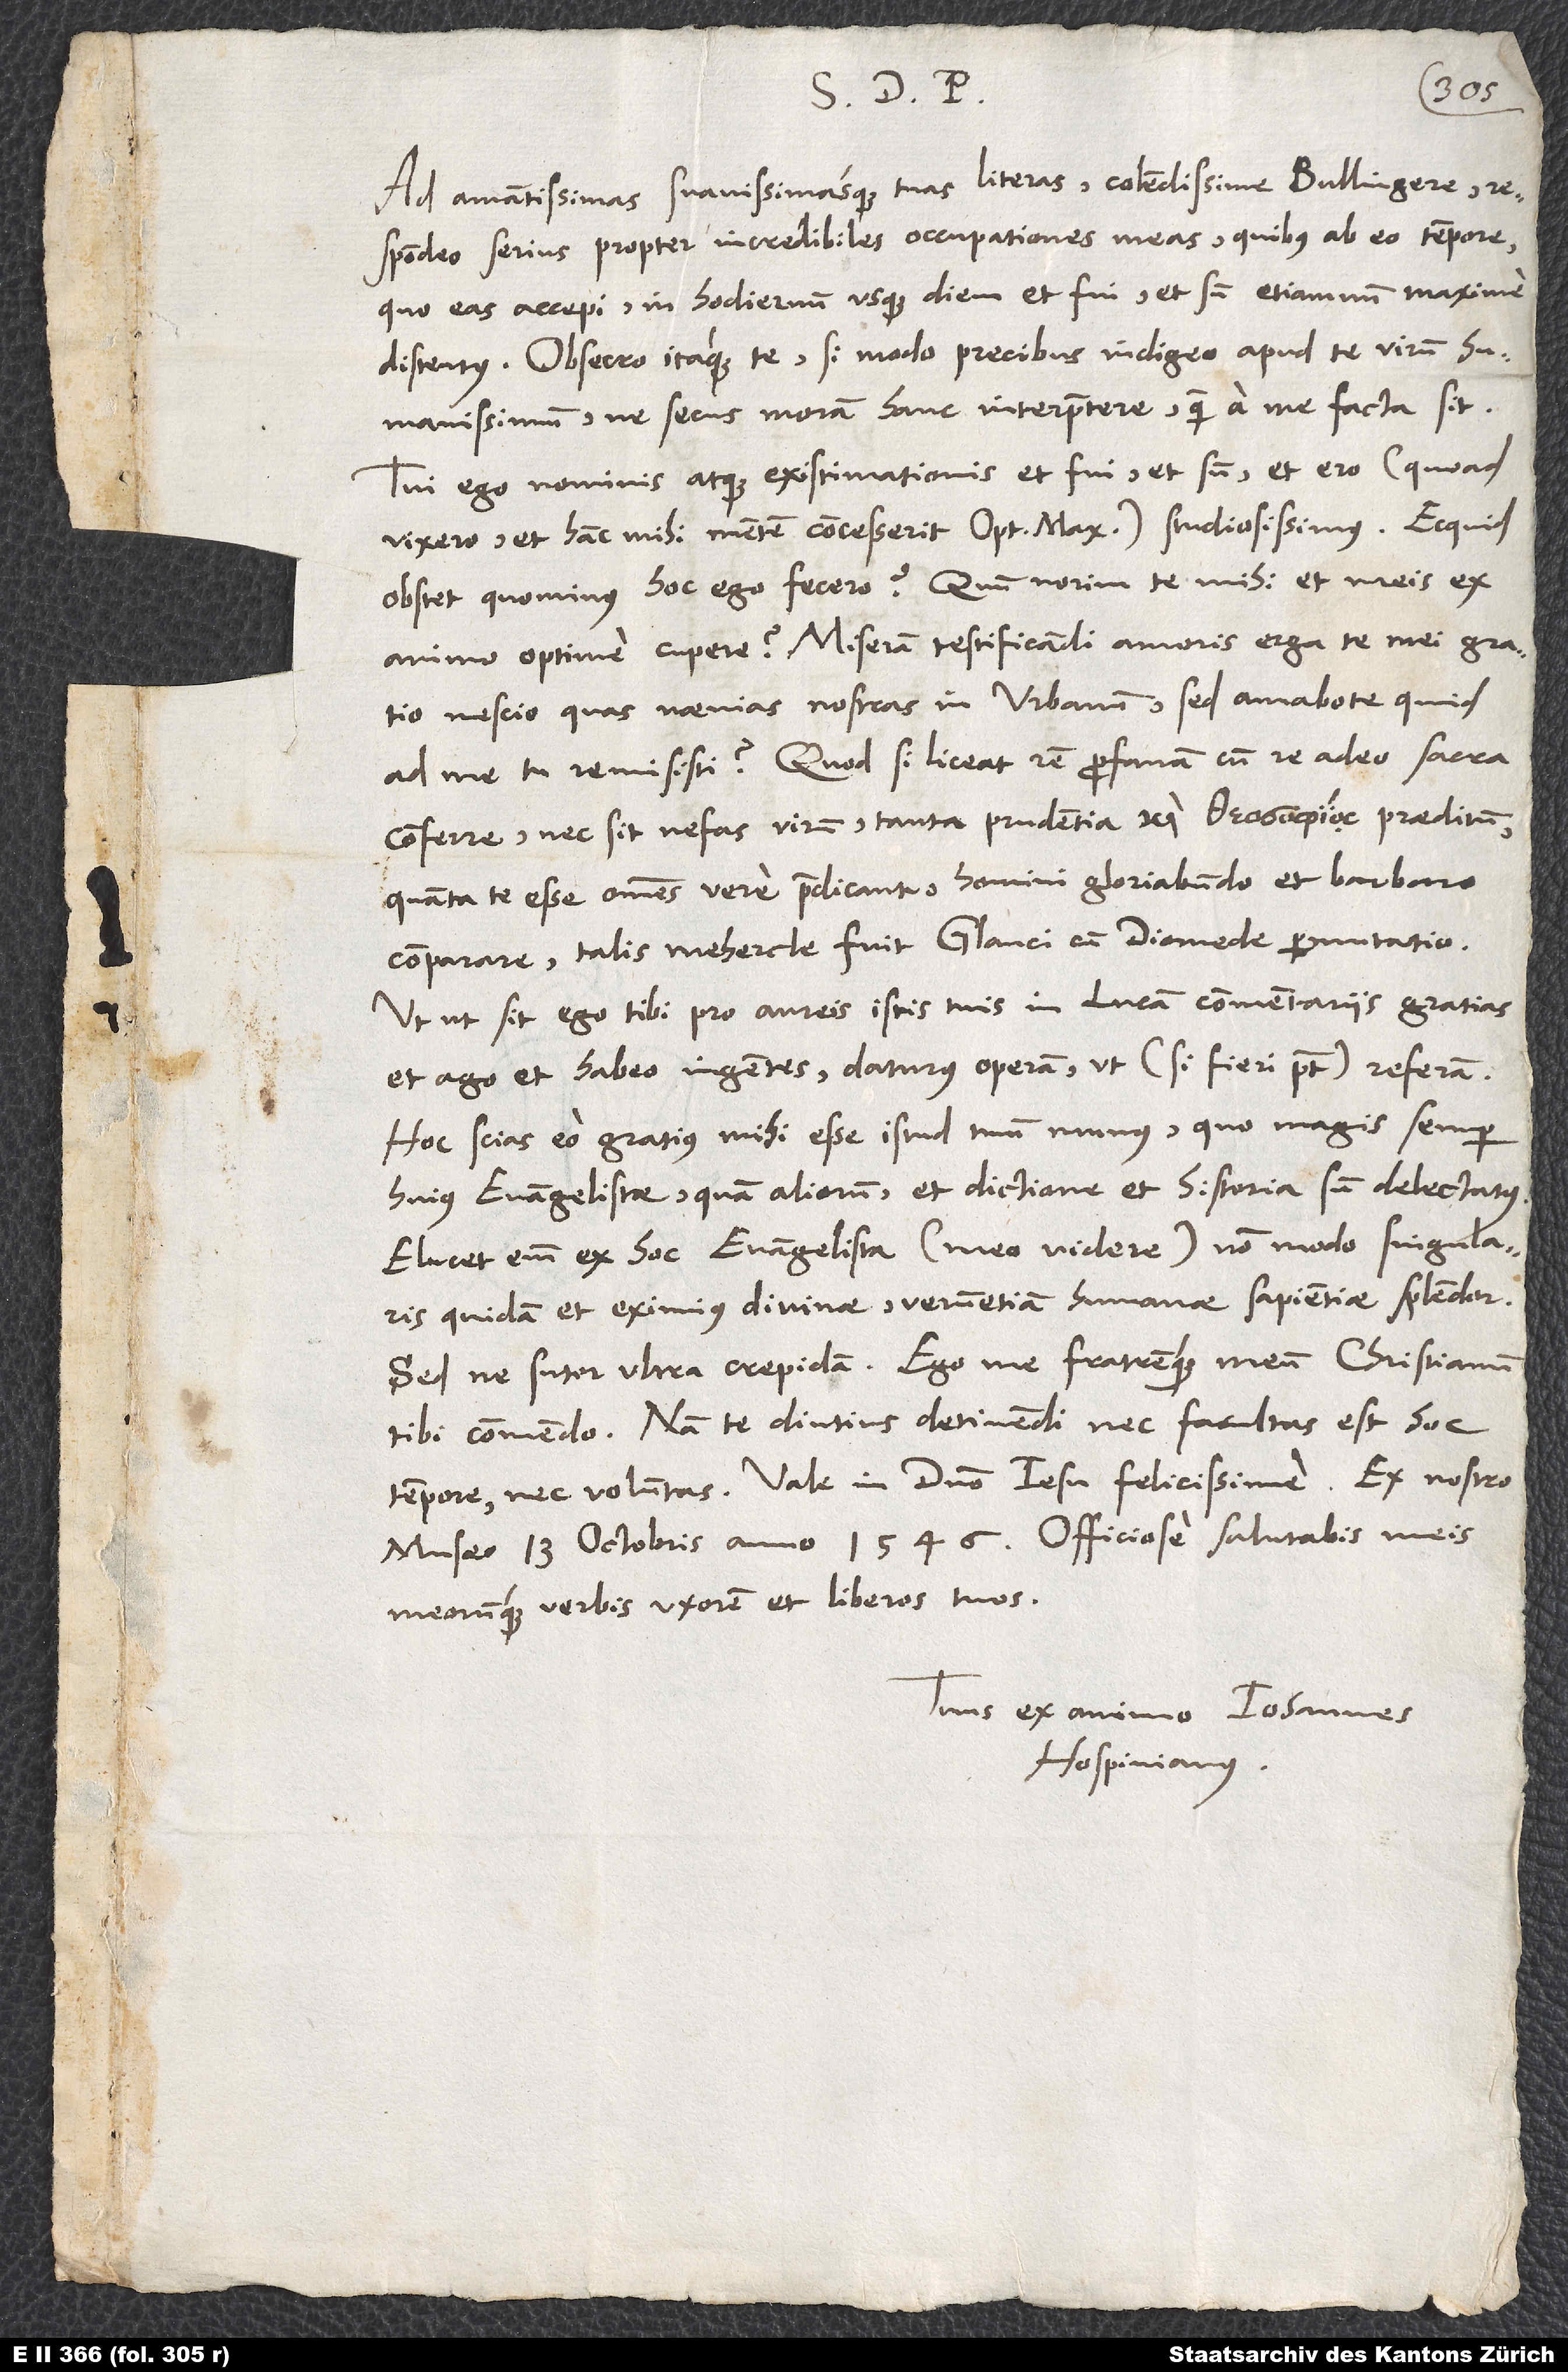
S. P. D.
Ad amantissimas suavissimasque tuas literas, colendissime Bullingere,
respondeo serius propter incredibiles occupationes meas, quibus ab eo tempore,
quo eas accepi, in hodiernum usque diem et fui et sum etiamnum maxime
distentus. Obsecro itaque te, si modo precibus indigeo apud te, virum
humanissimum, ne secus moram hanc interpretere, quam a me facta sit.
Tui ego nominis atque existimationis et fui et sum et ero (quoad
vixero et hanc mihi mentem concesserit optimus maximus) studiosissimus. Ecquid
obstet, quominus hoc ego fecero, quum norim te mihi et meis ex
animo optime cupere? Miseram testificandi amoris erga te mei gratia
nescio quas naenias nostras in Urbanum. Sed, amabo te, quid
ad me tu remisisti? Quodsi liceat rem profanam cum re adeo sacra
conferre nec sit nefas virum tanta prudentia α ì praeditum,
quanta te esse omnes vere praedicant, homini gloriabundo et barbaro
comparare, talis mehercle fuit Glauci cum Diomede permutatio.
Utut sit, ego tibi pro aureis istis tuis in Lucam commentariis gratias
et ago et habeo ingentes, daturus operam, ut (si fieri potest) referam.
Hoc scias: Eo gratius mihi esse istud tuum munus, quo magis semper
huius evangelistae quam aliorum et dictione et historia sum delectatus.
Elucet enim ex hoc evangelista (meo videre) non modo singularis
quidam et eximius divinae verum etiam humanae sapientiae splendor.
Sed ne sutor ultra crepidam! Ego me fratremque meum Christianum
tibi commendo. Nam te diutius detinendi nec facultas est hoc
tempore nec voluntas. Vale in domino Iesu felicissime. Ex nostro
musaeo, 13. octobris anno 1546. Officiose salutabis meis
meorumque verbis uxorem et liberos tuos.
Tuus ex animo Iohannes
Hospinianus.